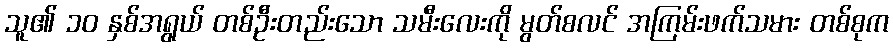
သူ၏ ၁၀ နှစ်အရွယ် တစ်ဦးတည်းသော သမီးလေးကို မွတ်စလင် အကြမ်းဖက်သမား တစ်စုက